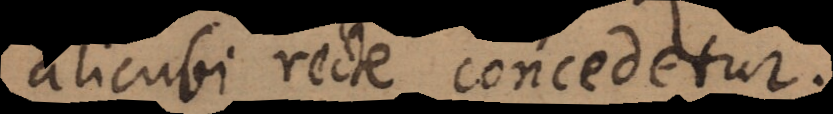
alicubi recte concedetur.